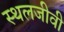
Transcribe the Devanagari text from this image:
स्थलजीवी